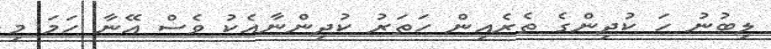
ލިބުނު ހަ ކުދިންގެ ތެރެއިން ހަތަރު ކުދިންނާއެކު ވެސް އޭނާ ހަމަ މި